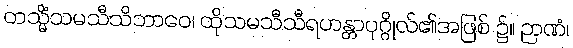
တသ္မိံသမသီသိဘာဝေ၊ ထိုသမသီသီရဟန္တာပုဂ္ဂိုလ်၏အဖြစ် ၌။ ဉာဏံ၊